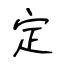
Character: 定